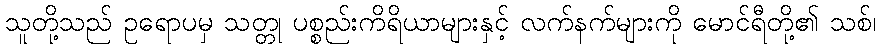
သူတို့သည် ဥရောပမှ သတ္တု ပစ္စည်းကိရိယာများနှင့် လက်နက်များကို မောင်ရီတို့၏ သစ်၊